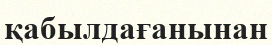
қабылдағанынан